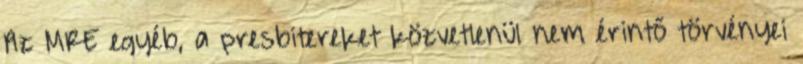
Az MRE egyéb, a presbitereket közvetlenül nem érintő törvényei